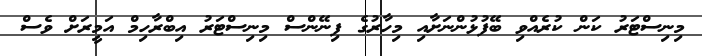
މިނިސްޓަރު ކަން ކުރެއްވި ބޭފުޅުންނަށާއި މިހާރުގެ ފިނޭންސް މިނިސްޓަރު އިބްރާހިމް އަމީރަށް ވެސް